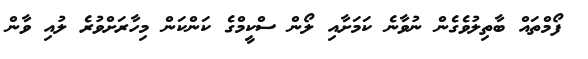
ފޯމްތައް ބާތިލުވެގެން ނުވާނެ ކަމަށާއި ލޯން ސްކީމްގެ ކަންކަން މިހާރަށްވުރެ ލުއި ވާން